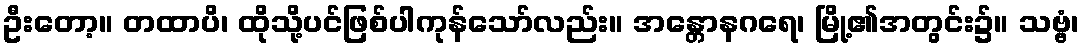
ဦးတော့။ တထာပိ၊ ထိုသို့ပင်ဖြစ်ပါကုန်သော်လည်း။ အန္တောနဂရေ၊ မြို့၏အတွင်း၌။ သဗ္ဗံ၊